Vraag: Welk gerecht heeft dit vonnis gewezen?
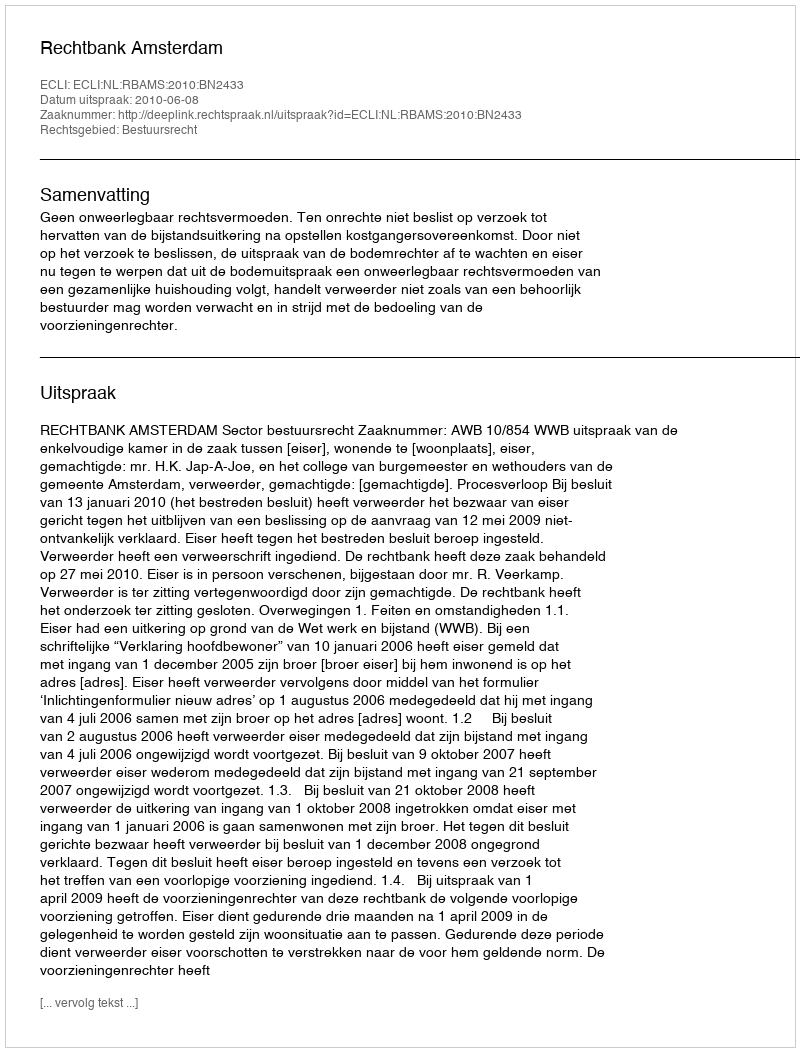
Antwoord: Rechtbank Amsterdam